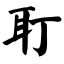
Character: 耵